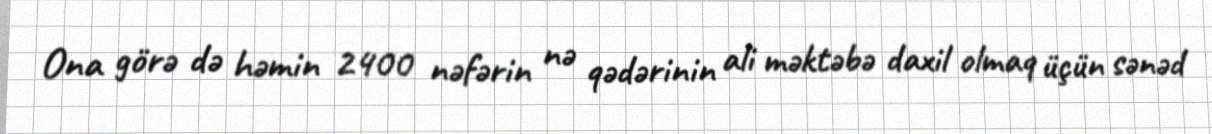
Ona görə də həmin 2400 nəfərin nə qədərinin ali məktəbə daxil olmaq üçün sənəd